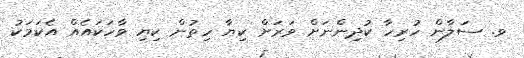
ވ. ސަލާން ހުރިހާ ކުދިންނަށް ވަރަށް ކިޔާ ހިތުން ކިޔި ވާހަކައެއް އެކަމަކު